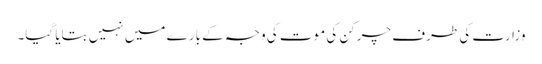
وزارت کی طرف چرکن کی موت کی وجہ کے بارے میں نہیں بتایا گیا۔